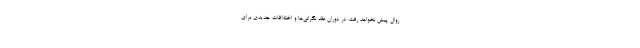
روال پیش نخواهد رفت. در دوران عقد نگرانی‌ها و اختلافات جدیدی برای